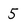
Character: 5